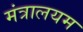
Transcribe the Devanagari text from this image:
मंत्रालयम